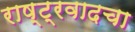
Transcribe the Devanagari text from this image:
राष्ट्रवादचा